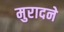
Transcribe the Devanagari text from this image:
मुरादने